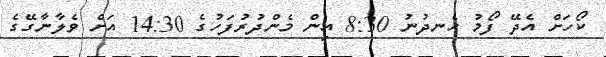
ކޯހަށް އެދޭ ފޯމު ހެނދުނު 8:30 އިން މެންދުރުފަހުގެ 14:30 އަށް ވެލާނާގޭގެ